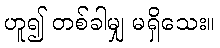
ဟူ၍ တစ်ခါမျှ မရှိသေး။